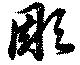
彫